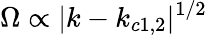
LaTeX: \Omega\propto|k-k_{c1,2}|^{1/2}